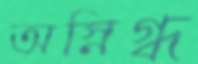
অস্নিগ্ধ